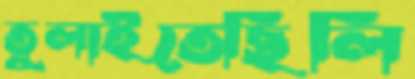
তুলাইতেছিলি